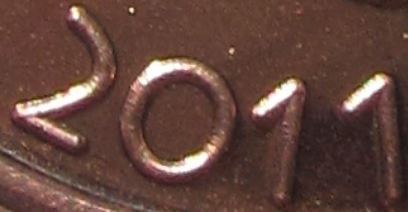
2011